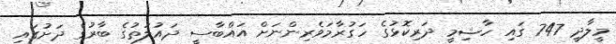
މީލާދީ 747 ގައި ހާޝިމީ ދަރިކޮޅުގެ ހަގުރާމަވެރިންނަށް އައްބާސީ ދައުލަތުގެ ބާރުގެ ދަށުގައި